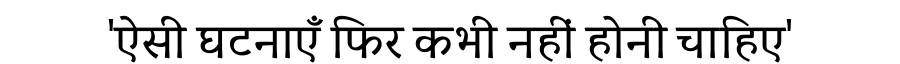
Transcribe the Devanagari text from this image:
'ऐसी घटनाएँ फिर कभी नहीं होनी चाहिए'